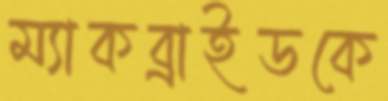
ম্যাকব্রাইডকে